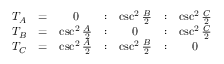
{ \begin{array} { c c c c c c c } { T _ { A } } & { = } & { 0 } & { : } & { \csc ^ { 2 } { \frac { B } { 2 } } } & { : } & { \csc ^ { 2 } { \frac { C } { 2 } } } \\ { T _ { B } } & { = } & { \csc ^ { 2 } { \frac { A } { 2 } } } & { : } & { 0 } & { : } & { \csc ^ { 2 } { \frac { C } { 2 } } } \\ { T _ { C } } & { = } & { \csc ^ { 2 } { \frac { A } { 2 } } } & { : } & { \csc ^ { 2 } { \frac { B } { 2 } } } & { : } & { 0 } \end{array} }